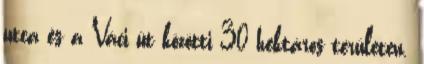
utca és a Váci út közötti 30 hektáros területen.